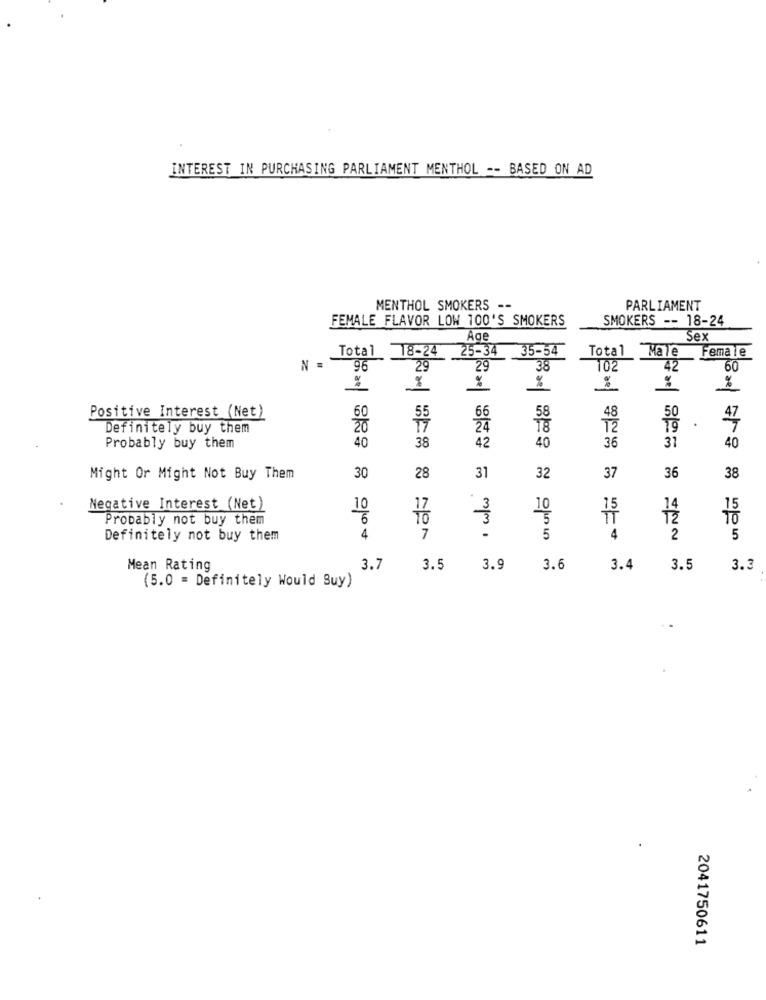
INTEREST IN PURCHASING PARLIAMENT MENTHOL -- BASED ON AD
MENTHOL SMOKERS --
PARLIAMENT
FEMALE FLAVOR LOW 100'S SMOKERS
SMOKERS -- 18-24
Age
Sex
Total
18-24 25-34 35-54
Total Male
Female
N =
96
29
29
38
02
42
60
%
%
%
Positive Interest (Net)
55
.
47
Definitely buy them
40
38
42
624
40
36
31
Probably buy them
40
30
36
38
Might Or Might Not Buy Them
28
31
32
37
· w/w
Negative Interest (Net)
10
10
14
Probably not buy them
6
12
Definitely not buy them
4
7
5
4
2
5
Mean Rating
3.7
3.5
3.9
3.6
3.4
3.5
3.3
(5.0 = Definitely Would Buy)
2041750611